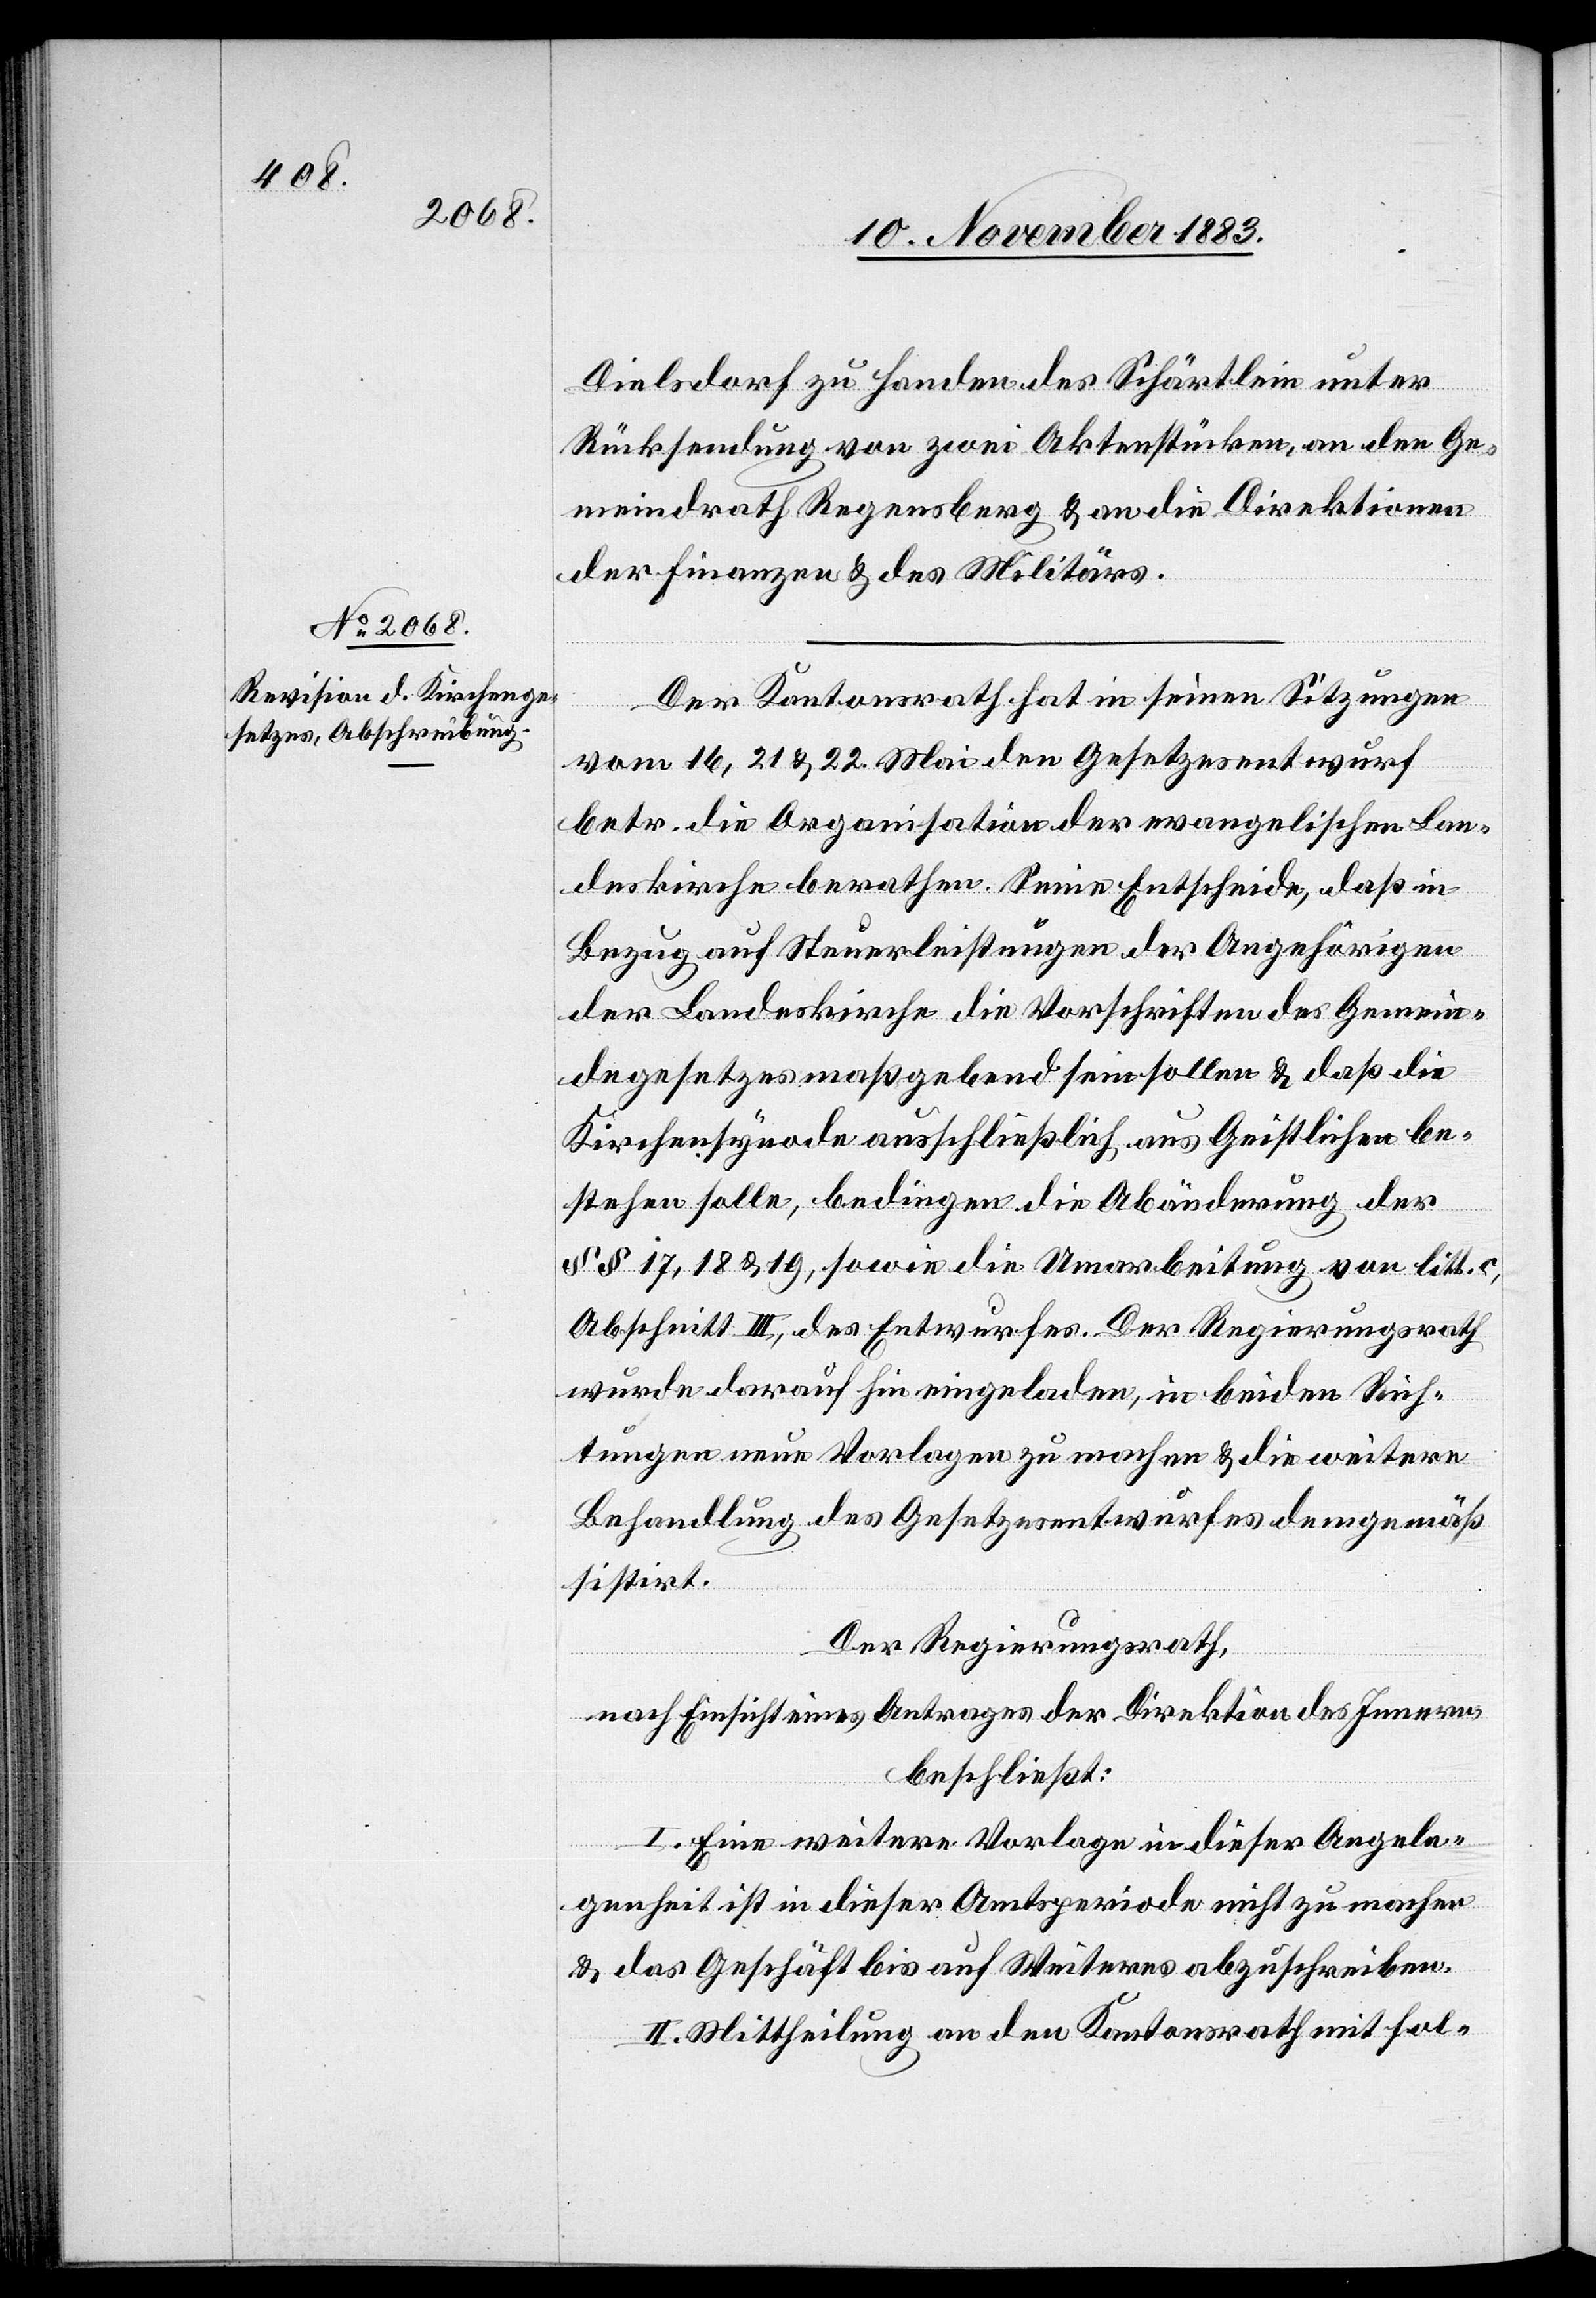
Dielsdorf zu Handen des Schärtlein unter
Rücksendung von zwei Aktenstücken, an den Ge¬
meindrath Regensberg & an die Direktionen
der Finanzen & des Militärs.
Der Kantonsrath hat in seinen Sitzungen
vom 16, 21 & 22. Mai den Gesetzesentwurf
betr. die Organisation der evangelischen Lan¬
deskirche berathen. Seine Entscheide, daß in
Bezug auf Steuerleistungen der Angehörigen
der Landeskirche die Vorschriften des Gemein¬
degesetzes maßgebend sein sollen & daß die
Kirchensynode ausschließlich aus Geistlichen be¬
stehen solle, bedingen die Abänderung der
§§ 17, 18 & 19, sowie die Umarbeitung von litt. c,
Abschnitt III, des Entwurfes. Der Regierungsrath
wurde daraufhin eingeladen, in beiden Rich¬
tungen neue Vorlagen zu machen & die weitere
Behandlung des Gesetzesentwurfes demgemäß
sistirt.
Der Regierungsrath,
nach Einsicht eines Antrages der Direktion des Innern,
beschließt:
I. Eine weitere Vorlage in dieser Angele¬
genheit ist in dieser Amtsperiode nicht zu machen
& das Geschäft bis auf Weiteres abzuschreiben.
II. Mittheilung an den Kantonsrath mit fol-